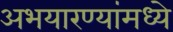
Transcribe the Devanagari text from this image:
अभयारण्यांमध्ये